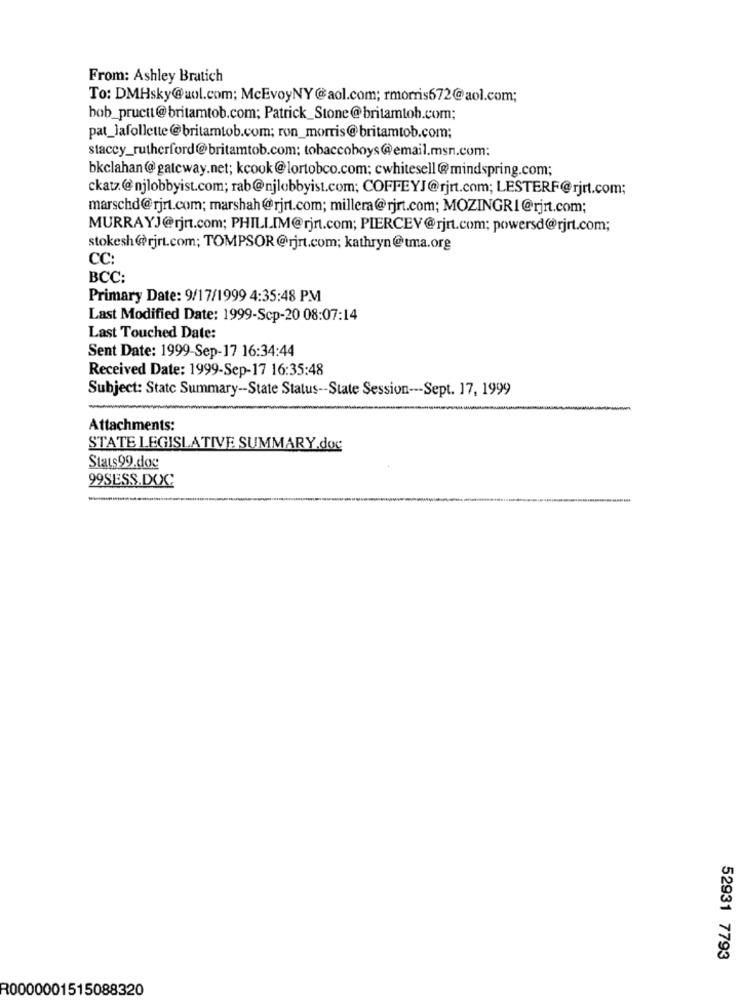
From: Ashley Bratich
To: DMHsky@aol.com; McEvoyNY@aol.com; rmorris672@aol.com;
bob_pructt@britamtob.com; Patrick_Stone@britamtob.com;
pat_lafollette@britamtob.com; ron_morris@britamtob.com;
stacey_rutherford@britamtob.com: tobaccoboys@email.msn.com:
bkclahan@gateway.net; kcook@lortobco.com: cwhitesell@mindspring.com;
ckatz.@njlobbyist.com; rab@njlobbyist.com; COFFEYJ@rjrt.com; LESTERF@rjrt.com;
marschd@rjrt.com; marshah@rjrt.com; millera@rjrt.com; MOZINGRI@rjrt.com;
MURRAYJ@rjr.com; PHILLIM@rjr.com; PIERCEV@rjrt.com: powersd@rjrt.com;
stokesh@rjrt.com; TOMPSOR @rjrt.com; kathryn@tma.org
CC:
BCC:
Primary Date: 9/17/1999 4:35:48 PM
Last Modified Date: 1999-Scp-20 08:07:14
Last Touched Date:
Sent Date: 1999-Sep-17 16:34:44
Received Date: 1999-Sep-17 16:35:48
Subject: State Summary -- State Status -- State Session --- Sept. 17, 1999
-
Attachments:
STATE LEGISLATIVE SUMMARY.dog
Stats99.dog
99SESS.DOC
52931 7793
R0000001515088320